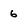
Character: 6